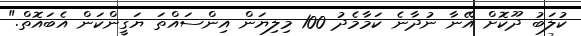
ކުލަބު ދޫކޮށް އޭނާ ނުދާނެ ކަމާމެދު 100 މިލިޔަން އިންސައްތަ ޔަގީންކަން އެބައޮތް."